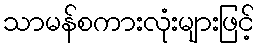
သာမန်စကားလုံးများဖြင့်